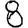
Digit: 8